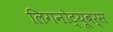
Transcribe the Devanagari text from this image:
लिगनोट्यूबर्स